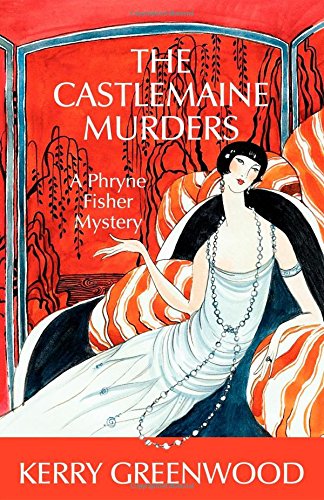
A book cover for The Castlemaine Murders: A Phryne Fisher Mystery; Kerry Greenwood; Mystery, Thriller & Suspense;